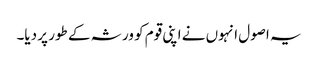
یہ اصول انہوں نے اپنی قوم کو ورثہ کے طور پر دیا۔